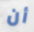
أن